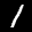
Label: 1